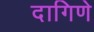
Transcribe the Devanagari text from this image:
दागिणे